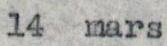
14 mars